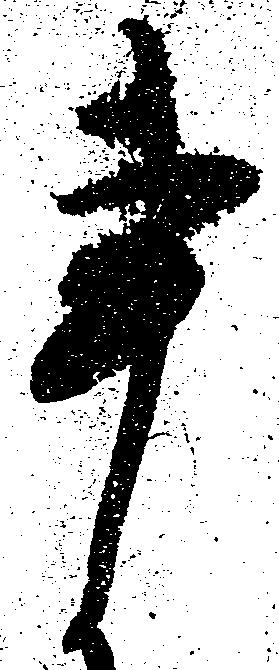
事